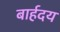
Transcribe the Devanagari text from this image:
बार्हदय